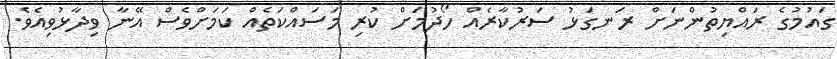
ގައުމުގެ ރައްޔިތުންނަށް ރަނގަޅު ސަރުކާރެއް ހޯދުމަށް ކުރި މަސައްކަތެއް ކަމަށްވެސް އޭނާ ވިދާޅުވިއެވެ.